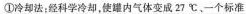
①冷却法；经科学冷却，使罐内气体变成27℃，一个标准